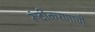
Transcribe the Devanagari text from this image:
रूंदीकरणाची